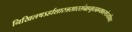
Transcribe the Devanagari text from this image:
निखिलषऽर्हाशास्त्रसारसंग्रहभूतग्रन्थकरणेऽप्यधिकारः